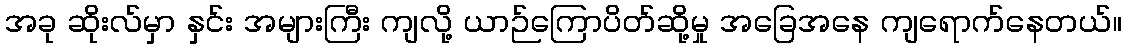
အခု ဆိုးလ်မှာ နှင်း အများကြီး ကျလို့ ယာဉ်ကြောပိတ်ဆို့မှု အခြေအနေ ကျရောက်နေတယ်။